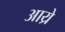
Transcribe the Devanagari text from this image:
आय्रे